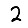
Digit: 2